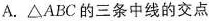
A. △ABC的三条中线的交点